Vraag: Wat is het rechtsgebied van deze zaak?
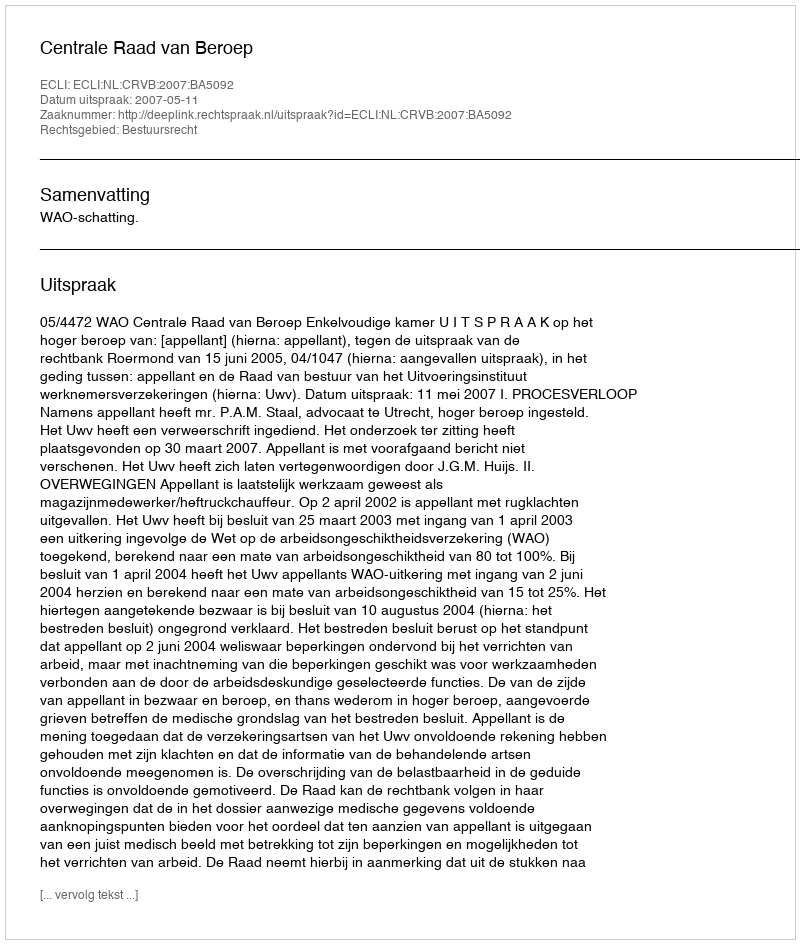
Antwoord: Bestuursrecht